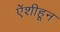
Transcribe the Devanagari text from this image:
ऐंशीहून